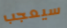
سيعجب